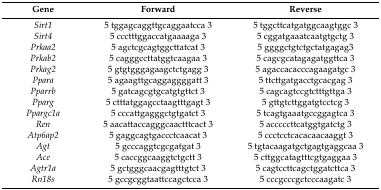
<table><thead><tr><td><b>Gene</b></td><td><b>Forward</b></td><td><b>Reverse</b></td></tr></thead><tbody><tr><td><i>Sirt1</i></td><td>5 tggagcaggttgcaggaatcca 3</td><td>5 tggcttcatgatggcaagtggc 3</td></tr><tr><td><i>Sirt4</i></td><td>5 ccctttggaccatgaaaaga 3</td><td>5 cggatgaaatcaatgtgctg 3</td></tr><tr><td><i>Prkaa2</i></td><td>5 agctcgcagtggcttatcat 3</td><td>5 ggggctgtctgctatgagag3</td></tr><tr><td><i>Prkab2</i></td><td>5 cagggccttatggtcaagaa 3</td><td>5 cagcgcatagagatggttca 3</td></tr><tr><td><i>Prkag2</i></td><td>5 gtgtgggagaagctctgagg 3</td><td>5 agaccacacccagaagatgc 3</td></tr><tr><td><i>Ppara</i></td><td>5 agaagttgcaggaggggatt 3</td><td>5 ttcttgatgacctgcacgag 3</td></tr><tr><td><i>Pparrb</i></td><td>5 gatcagcgtgcatgtgttct 3</td><td>5 cagcagtccgtctttgttga 3</td></tr><tr><td><i>Pparg</i></td><td>5 ctttatggagcctaagtttgagt 3</td><td>5 gttgtcttggatgtcctcg 3</td></tr><tr><td><i>Ppargc1a</i></td><td>5 cccattgagggctgtgatct 3</td><td>5 tcagtgaaatgccggagtca 3</td></tr><tr><td><i>Ren</i></td><td>5 aacattaccagggcaactttcact 3</td><td>5 acccccttcatggtgatctg 3</td></tr><tr><td><i>Atp6ap2</i></td><td>5 gaggcagtgaccctcaacat 3</td><td>5 ccctcctcacacaacaaggt 3</td></tr><tr><td><i>Agt</i></td><td>5 gcccaggtcgcgatgat 3</td><td>5 tgtacaagatgctgagtgaggcaa 3</td></tr><tr><td><i>Ace</i></td><td>5 caccggcaaggtctgctt 3</td><td>5 cttggcatagtttcgtgaggaa 3</td></tr><tr><td><i>Agtr1a</i></td><td>5 gctgggcaacgagtttgtct 3</td><td>5 cagtccttcagctggatcttca 3</td></tr><tr><td><i>Rn18s</i></td><td>5 gccgcggtaattccagctcca 3</td><td>5 cccgcccgctcccaagatc 3</td></tr></tbody></table>